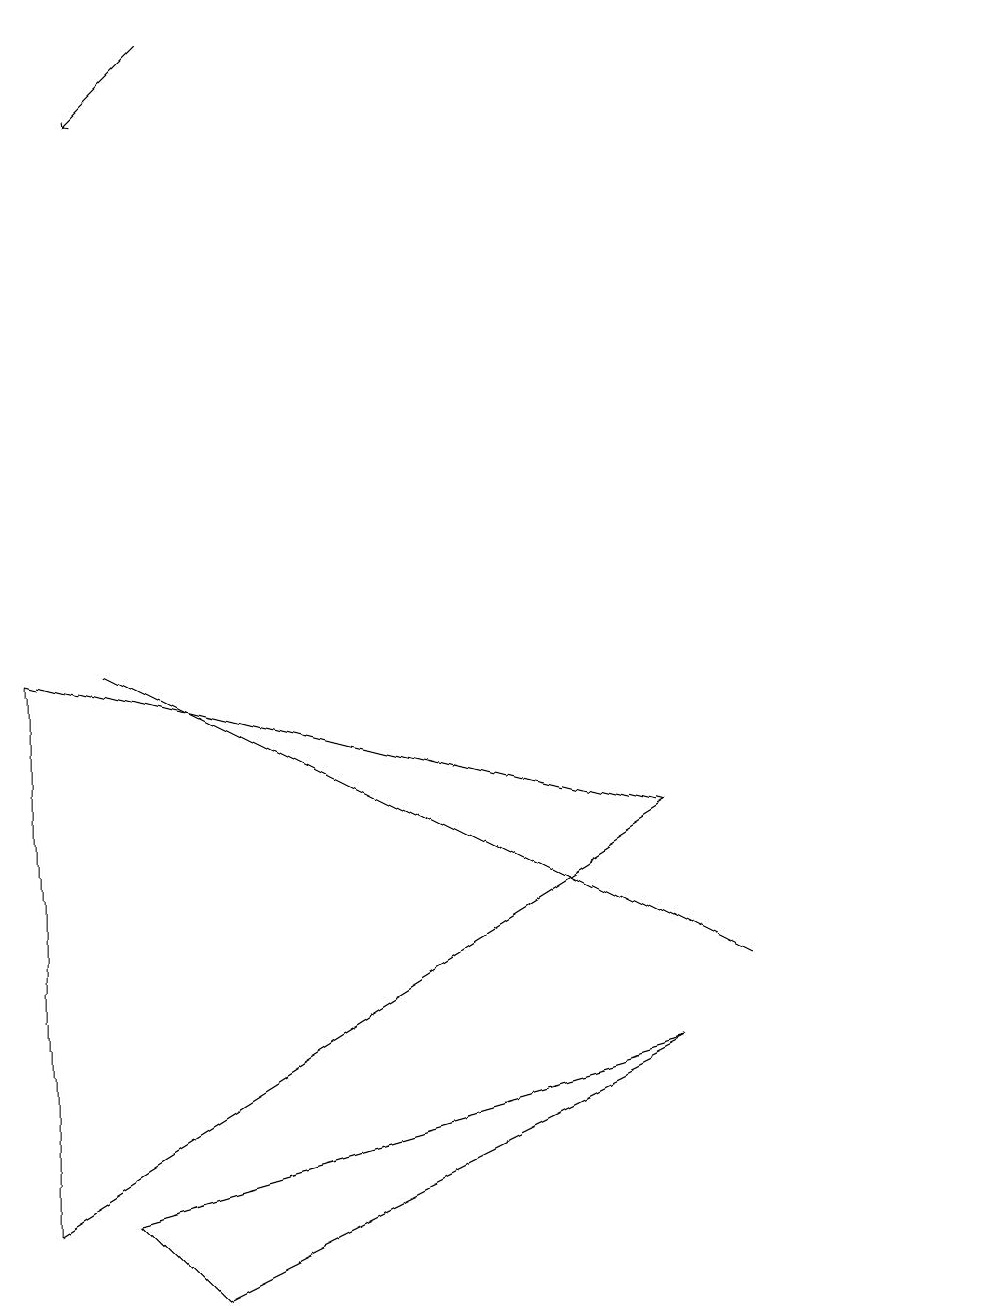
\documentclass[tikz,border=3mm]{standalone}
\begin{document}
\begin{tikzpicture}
\draw (0,8) -- (0,1) -- (8,6) -- cycle;
\draw (12,11) circle (0);
\draw (2,0) -- (1,1) -- (8,3) -- cycle;
\draw[->] (2,16) -- (1,15);
\draw (7,5) -- (9,4) -- (1,8) -- cycle;
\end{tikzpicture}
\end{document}